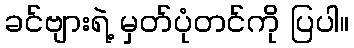
ခင်ဗျားရဲ့ မှတ်ပုံတင်ကို ပြပါ။